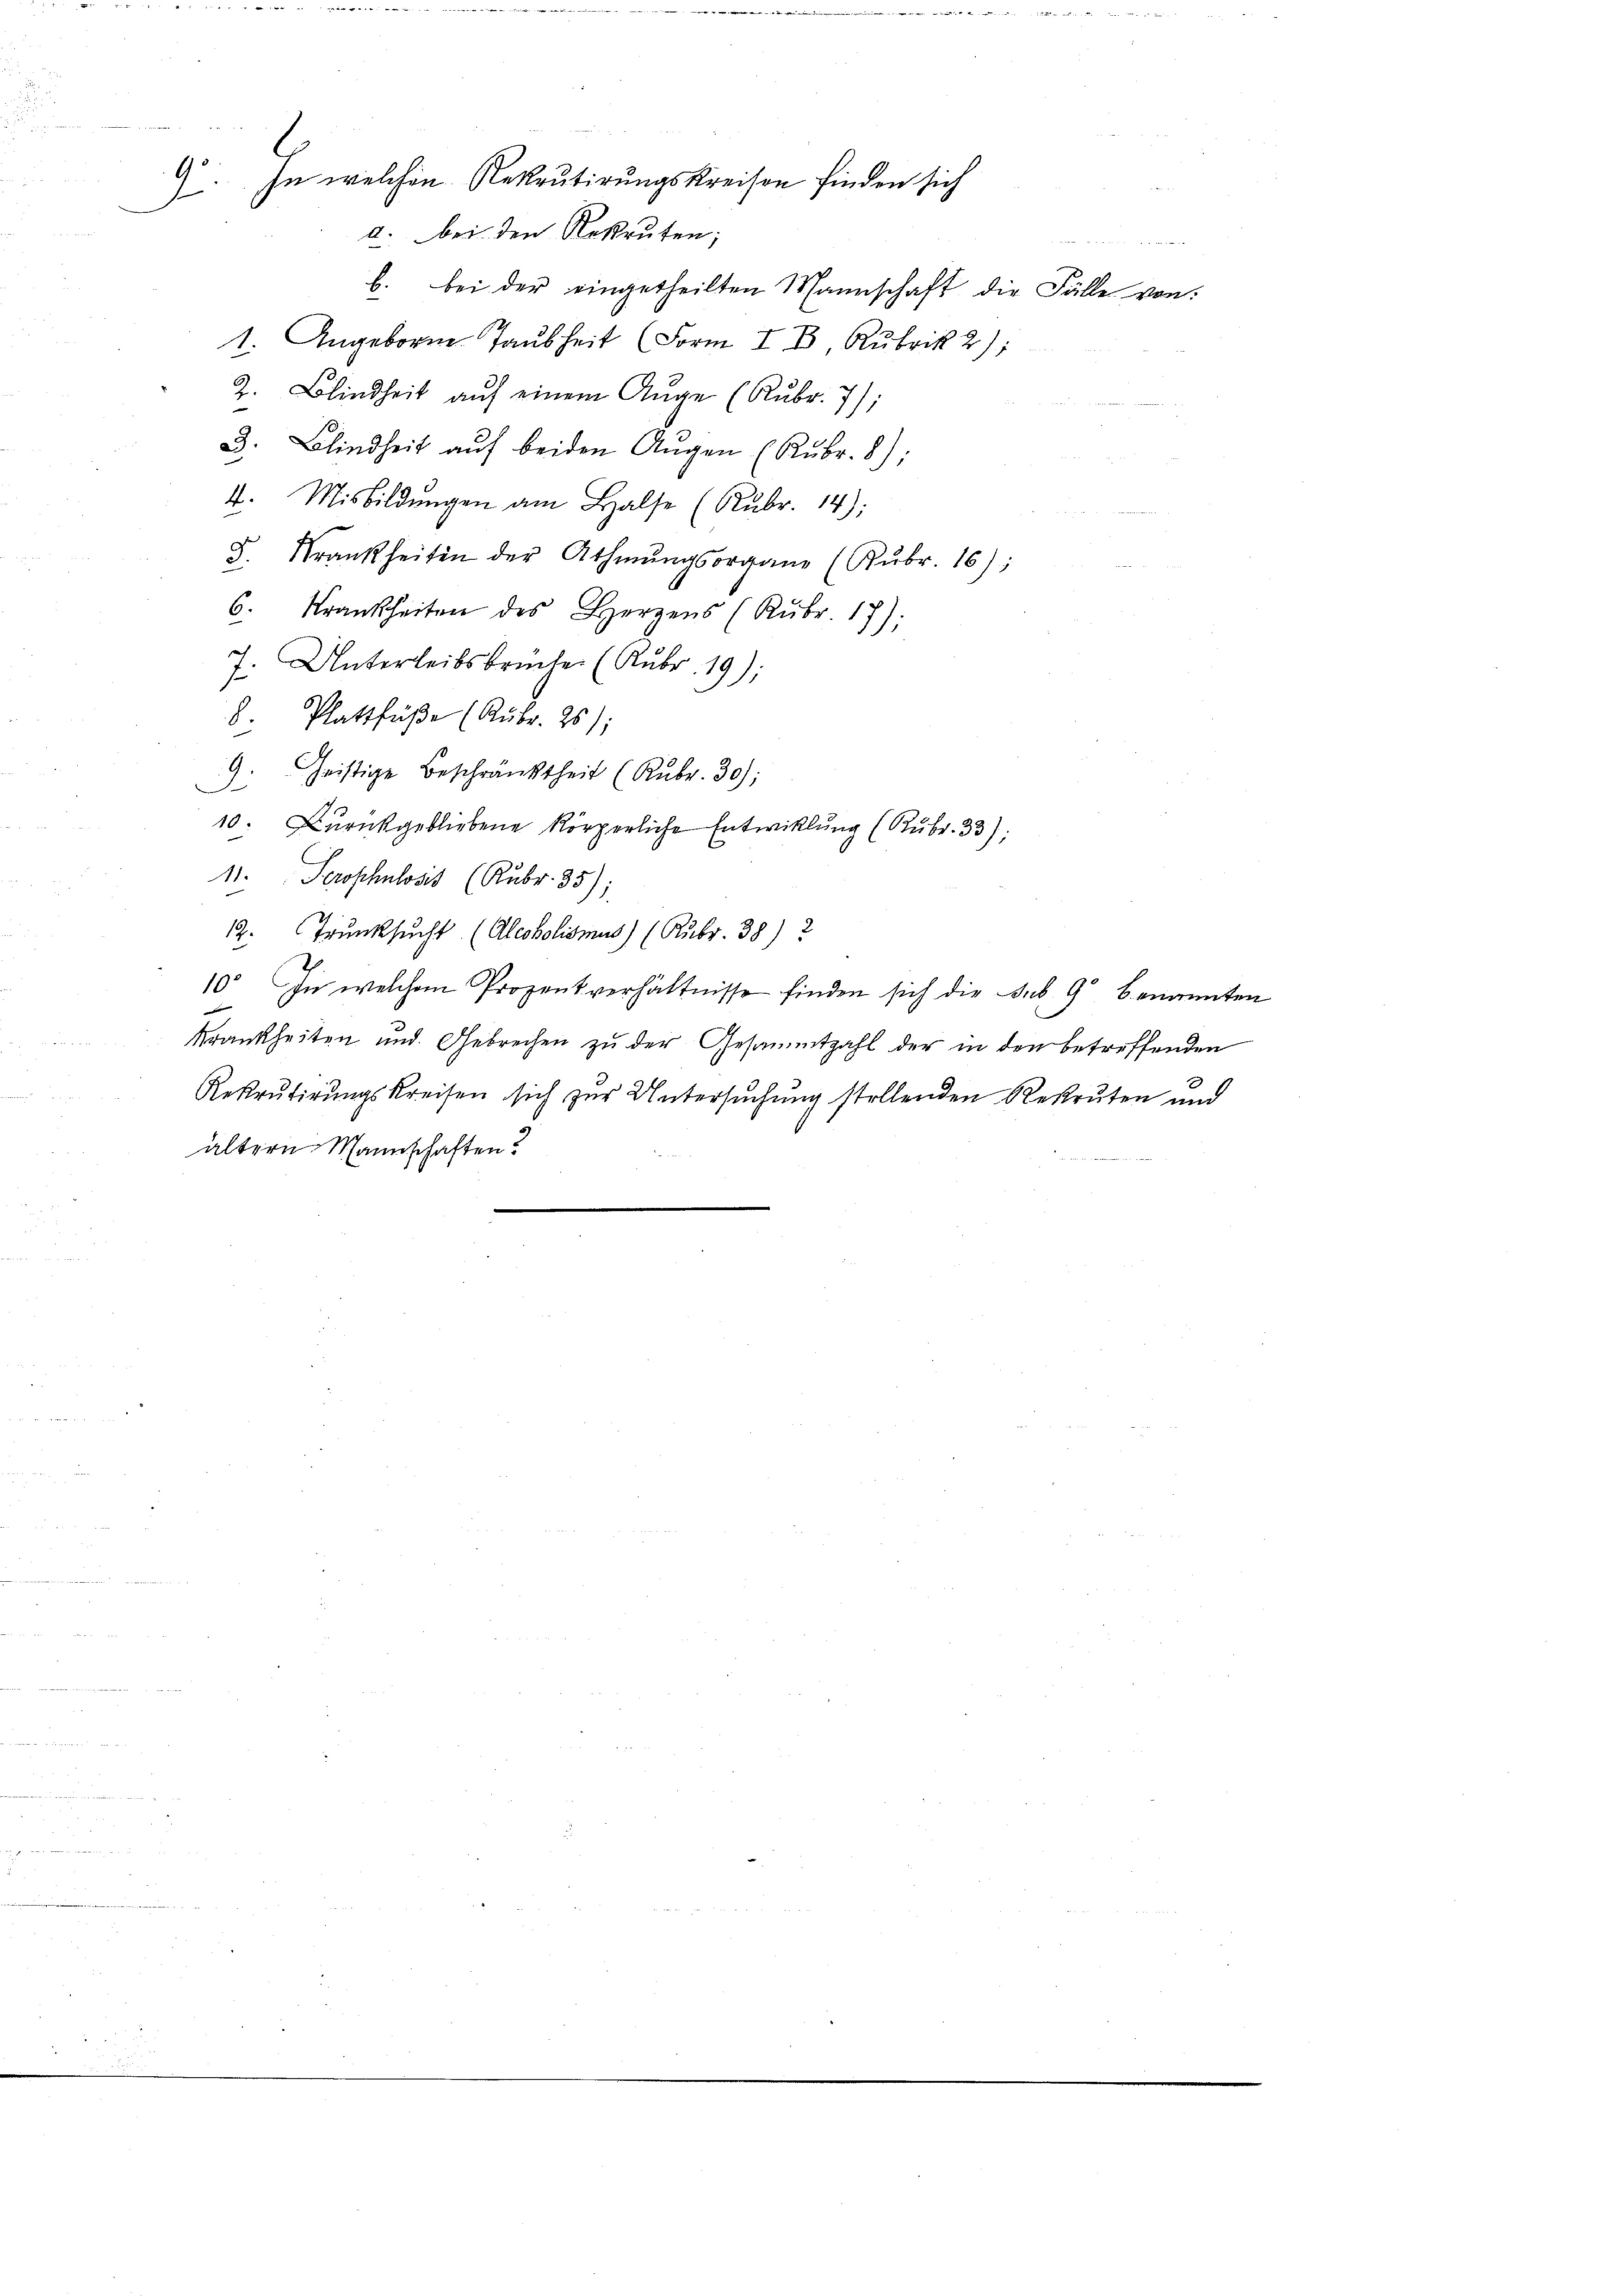
d. bei den Rekruten;

b. bei der eingetheilten Mannschaft die Fälle von:
1. Angeborn Taubheit (Form I. D. Rubrik 2):
2. Blindheit aŭf einem Auge (Rŭbr. 7);
3. Blindheit aŭf beiden Aŭgen (Kŭbr. 8);
4. Misbildŭngen am Halse (Kŭbr. 14);
F. Krankheiten der Athmŭngsorgane (Kŭbr. 16);
6. Krankheiten des Herzens (Rŭbr. 17);

Unterleibsbrücke (Kubr. 19);
.
8. Plattfüße (Kubr. 25);
9. Christige Beschränktheit (Rŭbr. 30);
.
10. Zŭrückgebliebene körperliche Entwicklung (Rŭbr. 33);
11. Seroshnlosis (Kubr. 135),
12. Trŭnksŭcht (Aleobolismus) (Rubr. 38) 2
10. In welchem Prozentverhältnisse finden sich die sub. 9 benannten
x
Krankheiten und Gebrechen zu der Gesammtzahl der in den betreffenden
Rekrutirŭngskreisen sich zur Untersuchung stellenden Rekruten und
ältern Mannschaften?

9.

In welchen Rekrutirungskreisen finden sich

u